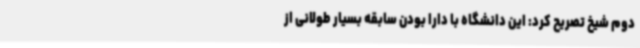
دوم شیخ تصریح کرد: این دانشگاه با دارا بودن سابقه بسیار طولانی از